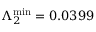
\Lambda _ { 2 } ^ { \mathrm { m i n } } = 0 . 0 3 9 9